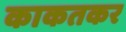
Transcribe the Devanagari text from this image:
काकतकर